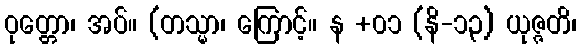
ဝုတ္တော၊ အပ်။ (တသ္မာ၊ ကြောင့်။ န +၀၁ (နိ-၁၃) ယုဇ္ဇတိ၊